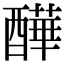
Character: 𨣄